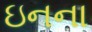
ઇનના